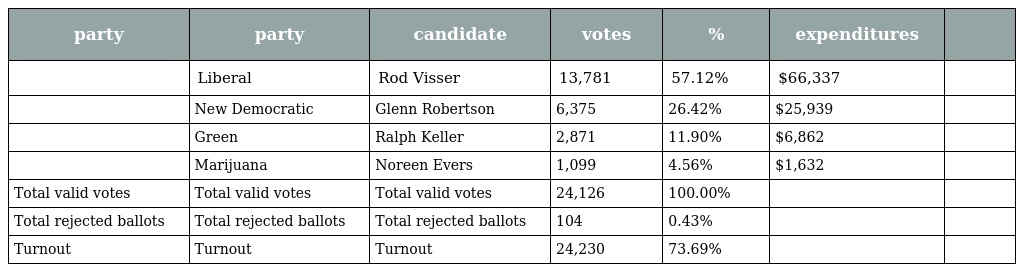
| party | party | candidate | votes | % | expenditures |  |
 | --- | --- | --- | --- | --- | --- | --- |
 |  | Liberal | Rod Visser | 13,781 | 57.12% | $66,337 |  |
 |  | New Democratic | Glenn Robertson | 6,375 | 26.42% | $25,939 |  |
 |  | Green | Ralph Keller | 2,871 | 11.90% | $6,862 |  |
 |  | Marijuana | Noreen Evers | 1,099 | 4.56% | $1,632 |  |
 | Total valid votes | Total valid votes | Total valid votes | 24,126 | 100.00% |  |  |
 | Total rejected ballots | Total rejected ballots | Total rejected ballots | 104 | 0.43% |  |  |
 | Turnout | Turnout | Turnout | 24,230 | 73.69% |  |  |